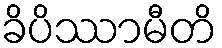
ခိပိဿာမီတိ